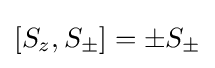
[S_{z},S_{\pm }]=\pm S_{\pm }